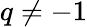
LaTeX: q\not=-1